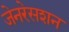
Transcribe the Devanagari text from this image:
जेनरेसशन